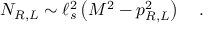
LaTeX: N _ { R , L } \sim \ell _ { s } ^ { 2 } \left( M ^ { 2 } - p _ { R , L } ^ { 2 } \right) \quad .